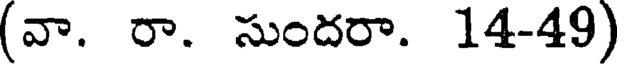
(వా. రా. సుందరా. 14-49)